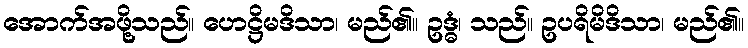
အောက်အဖို့သည်။ ဟေဋ္ဌိမဒိသာ၊ မည်၏။ ဥဒ္ဓံ၊ သည်။ ဥပရိမိဒိသာ၊ မည်၏။